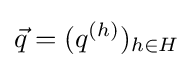
{\vec {q}}=(q^{(h)})_{h\in H}